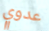
عدوي